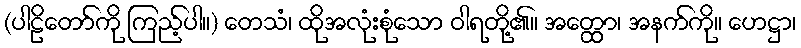
(ပါဠိတော်ကို ကြည့်ပါ။) တေသံ၊ ထိုအလုံးစုံသော ဝါရတို့၏။ အတ္ထော၊ အနက်ကို။ ဟေဋ္ဌာ၊